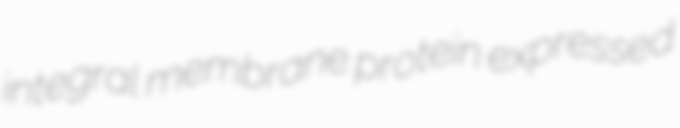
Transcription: integral membrane protein expressed